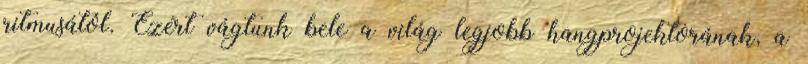
ritmusától. Ezért vágtunk bele a világ legjobb hangprojektorának, a